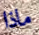
ماذا